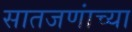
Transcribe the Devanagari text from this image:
सातजणांच्या